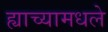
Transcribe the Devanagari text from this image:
ह्याच्यामधले